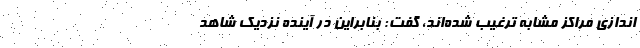
اندازی مراکز مشابه ترغیب شده‌اند، گفت: بنابراین در آینده نزدیک شاهد